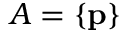
A = \{ \mathbf { p } \}